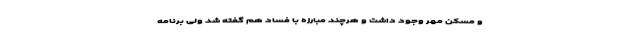
و مسکن مهر وجود داشت و هرچند مبارزه با فساد هم گفته شد ولی برنامه